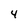
Character: 4